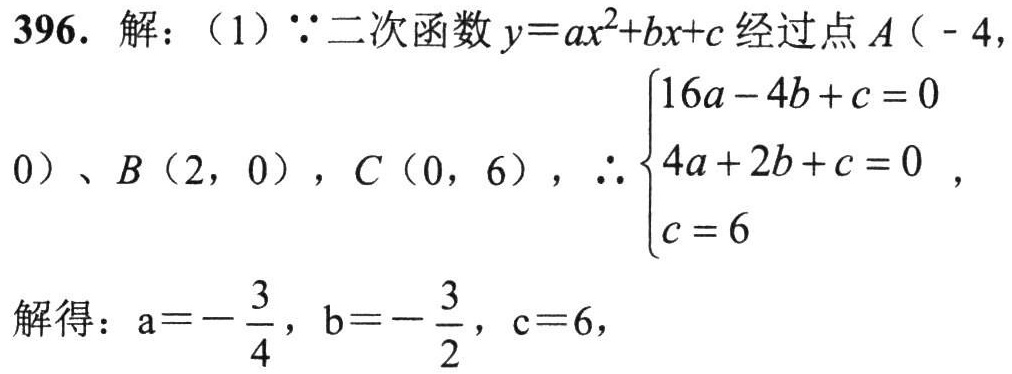
396. 解：（1）$\because$二次函数$y = ax^{2}+bx + c$经过点$A(-4,0)$、$B(2,0)$，$C(0,6)$，$\therefore\begin{cases}16a - 4b + c = 0\\4a + 2b + c = 0\\c = 6\end{cases}$，

解得：$a = -\dfrac{3}{4}$，$b = -\dfrac{3}{2}$，$c = 6$，